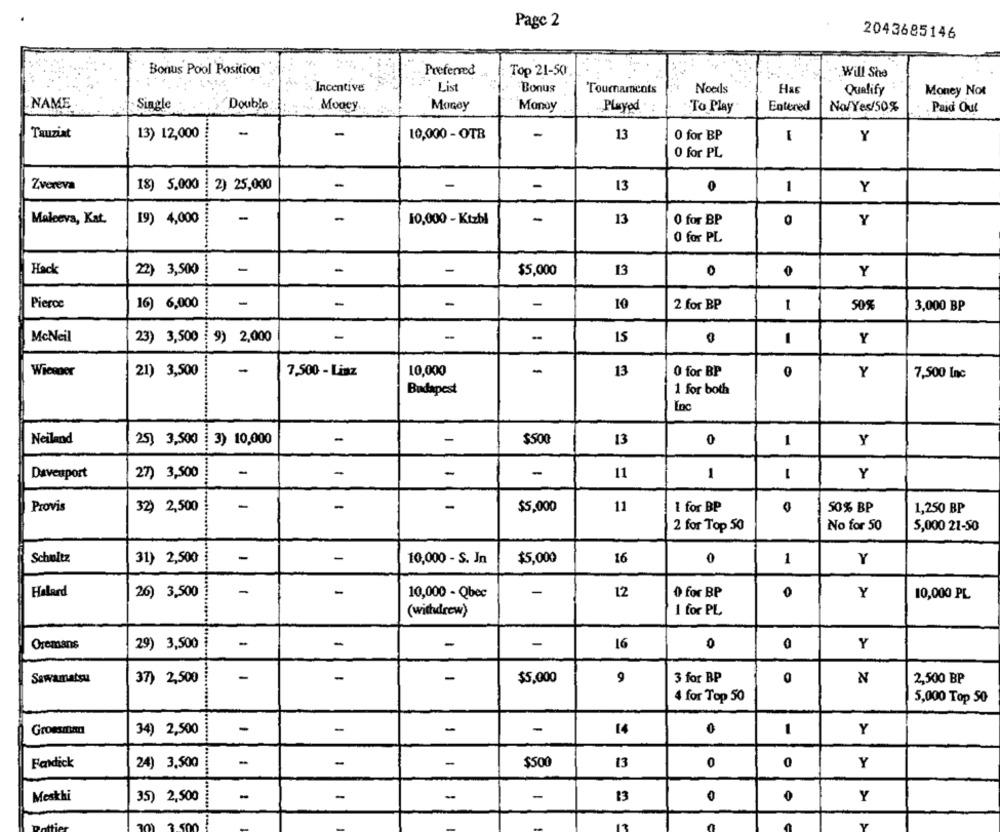
Page 2
2043685146
Bonus Pool Position
Preferred
Top 21-50
Will She
Incentive
List
Bonus
Tournaments
Noeds
Has
Qualify
Money Not
NAME
Single
Double
Money
Money
Manoy
Played
To Play
Entered
No/Yes/50%
Paid Out
Tauziat
-
13) 12,000
10,000 - OTB
-
13
O for BP
-
Y
0 for PL
-
Zvereva
18) 5.000
2) 25,000
-
13
0
1
Y
-
-
Maleeva, Kat.
19) 4,000
10,000 - Ktzbl
-
13
O for BP
0
Y
O for PL
-
Hack
22) 3,500
-
-
$5,000
13
0
Y
Pierce
16) 6,000
-
-
-
-
10
2 for BP
1
50%
3,000 BP
McNeil
23) 3,500
9) 2,000
-
-
15
1
Y
Wiceder
21) 3,500
-
7,500 - Liaz
10,000
-
13
O for BP
Y
7,500 Inc
Budapest
1 for both
Inc
Neiland
25) 3,500 ¿ 3) 10,000
-
-
$500
13
0
1
Y
Daveuport
27) 3,500
-
-
-
11
1
Y
-
Provis
32) 2,500
-
-
$5,000
11
1 for BP
50% BP
1,250 BP
2 for Top 50
No for 50
5,000 21-50
Scholtz
-
-
0
31) 2,500
10,000 - S. In
$5,000
16
1
Y
Holard
-
-
-
26) 3,500
10,000 - Qbec
12
0 for BP
Y
10,000 PL
(withdrew)
1 for PL
-
Oremans
29) 3,500
-
-
16
0
0
Y
2
-
Sawamatsu
37) 2,500
-
-
$5,000
9
3 for BP
0
2,500 BP
4 for Top 50
5,000 Top 50
Grossman
34) 2,500
-
-
-
-
14
0
-
Y
Faidick
24) 3,500
-
-
-
$500
13
0
0
Y
Mesthi
35) 2,500
-
-
-
-
13
0
Y